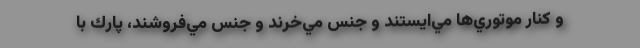
و كنار موتوري‌ها مي‌ايستند و جنس مي‌خرند و جنس مي‌فروشند، پارك با